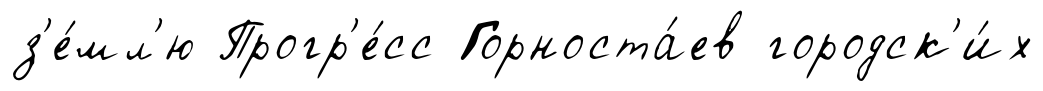
з'е́мл'ю Прогр'е́сс Горноста́ев городск'и́х